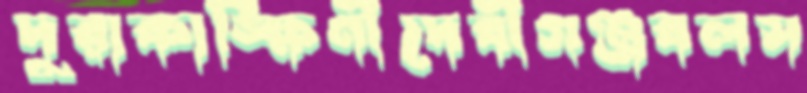
দুরাকাঙ্ক্ষিণীদেবীগঞ্জবলস